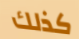
كذلك